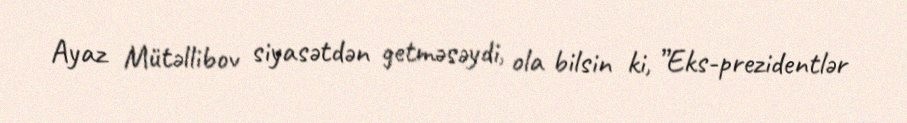
Ayaz Mütəllibov siyasətdən getməsəydi, ola bilsin ki, ”Eks-prezidentlər